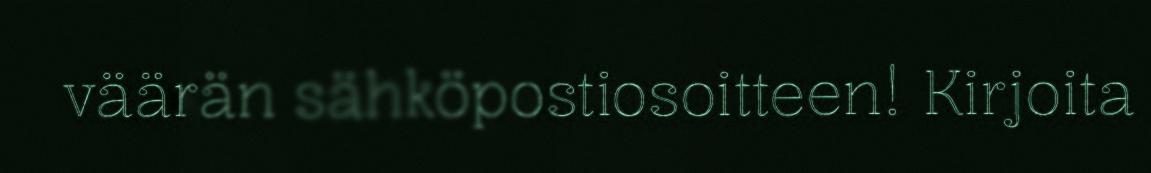
väärän sähköpostiosoitteen! Kirjoita